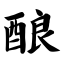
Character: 酿